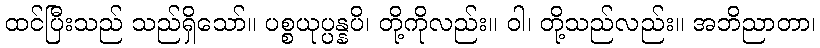
ထင်ပြီးသည် သည်ရှိသော်။ ပစ္စယုပ္ပန္နပိ၊ တို့ကိုလည်း။ ဝါ၊ တို့သည်လည်း။ အဘိညာတာ၊